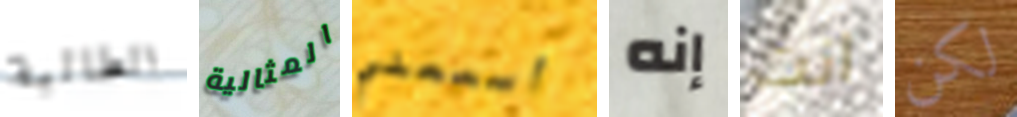
الطالبة المثالية أسمعني إنه انت لكن